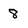
Character: 8